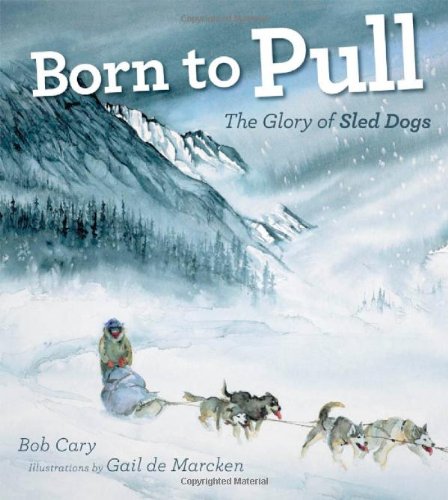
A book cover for Born to Pull: The Glory of Sled Dogs; Bob Cary; Sports & Outdoors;